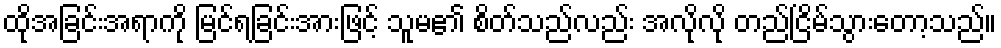
ထိုအခြင်းအရာကို မြင်ရခြင်းအားဖြင့် သူမ၏ စိတ်သည်လည်း အလိုလို တည်ငြိမ်သွားတော့သည်။